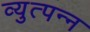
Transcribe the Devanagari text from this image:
व्युत्पन्‍न